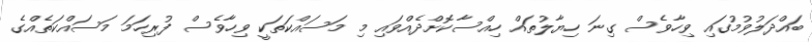
ބައްދަލުވުމުގައި ވިހާވެސް ގިނަ ހިޔާލުތައް ހިއްސާކޮށްދެއްވައި މި މަސައްކަތަކީ ވިހާވެސް ފުރިހަމަ މަސައްކަތެއްގެ